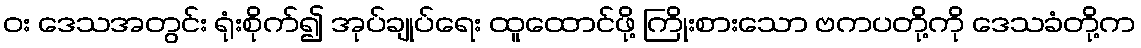
ဝး ဒေသအတွင်း ရုံးစိုက်၍ အုပ်ချုပ်ရေး ထူထောင်ဖို့ ကြိုးစားသော ဗကပတို့ကို ဒေသခံတို့က